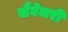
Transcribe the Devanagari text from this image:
सैवेजरी